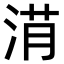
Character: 𣷎